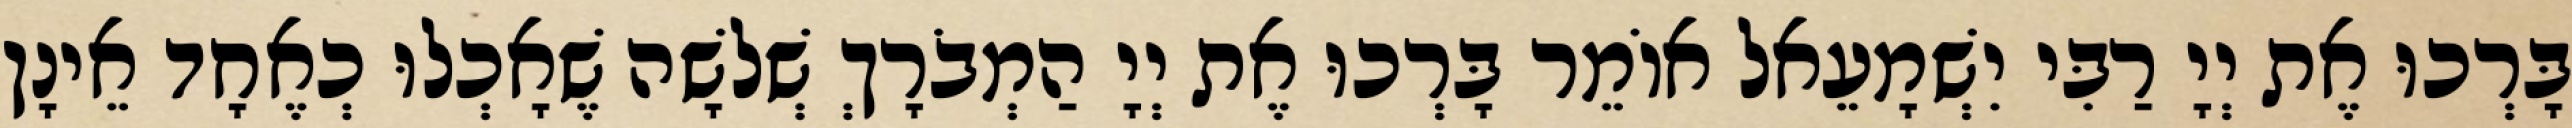
בָּרְכוּ אֶת יְיָ רַבִּי יִשְׁמָעֵאל אוֹמֵר בָּרְכוּ אֶת יְיָ הַמְבֹרָךְ שְׁלשָׁה שֶׁאָכְלוּ כְאֶחָד אֵינָן